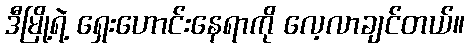
ဒီမြို့ရဲ့ ရှေးဟောင်းနေရာကို လေ့လာချင်တယ်။